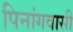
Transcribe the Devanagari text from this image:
पिनांगवासी